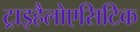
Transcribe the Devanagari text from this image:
ट्राइहैलोएसिटिक